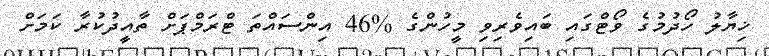
ޚިޔާލު ހޯދުމުގެ ވޯޓްގައި ބައިވެރިވި މީހުންގެ %46 އިންސައްތަ ޓްރަމްޕަށް ތާއީދުކުރާ ކަމަށް